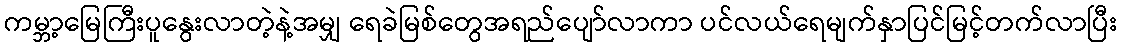
ကမ္ဘာ့မြေကြီးပူနွေးလာတဲ့နဲ့အမျှ ရေခဲမြစ်တွေအရည်ပျော်လာကာ ပင်လယ်ရေမျက်နှာပြင်မြင့်တက်လာပြီး